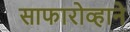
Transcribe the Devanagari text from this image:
साफारोव्हाने